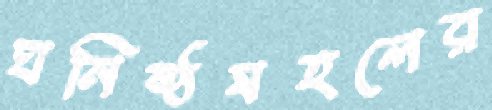
ঘনিষ্ঠমহলের